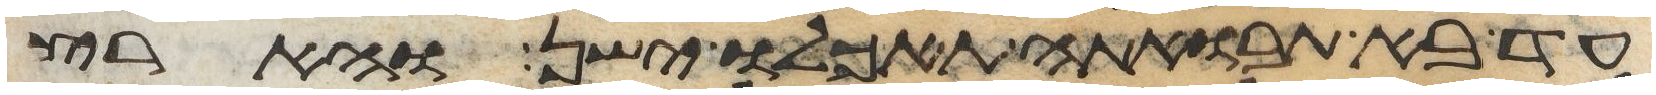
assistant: עד בא תבואתה תאכלו ישן והארץ